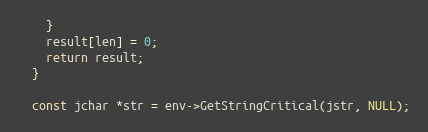
Language: C++
    }
    result[len] = 0;
    return result;
  }

  const jchar *str = env->GetStringCritical(jstr, NULL);